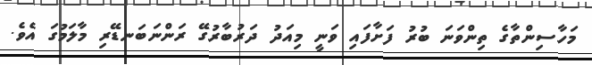
މަހާސިންތާގެ ތިންވަނަ ބުރު ފަށާފައި ވަނީ މިއަދު ދަރުބާރުގޭ ރަންނަބަނޑޭރި މާލަމުގަ އެވެ.